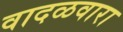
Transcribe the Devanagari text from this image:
वादळवारा